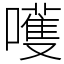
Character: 嚄